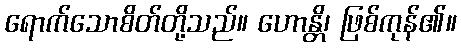
ရောက်သောစိတ်တို့သည်။ ဟောန္တိ၊ ဖြစ်ကုန်၏။